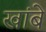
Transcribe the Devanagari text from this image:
खांबे